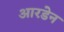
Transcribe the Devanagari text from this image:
आरडेन